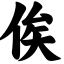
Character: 俟